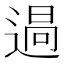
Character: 𮞪